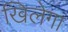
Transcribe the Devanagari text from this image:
खिलेगा